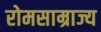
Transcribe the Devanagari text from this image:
रोमसाम्राज्य